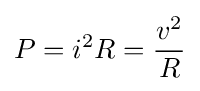
P=i^{2}R={v^{2} \over R}